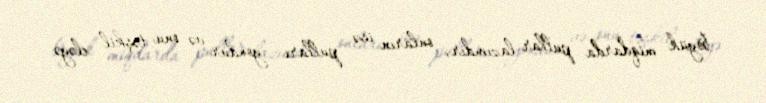
böyük miqdarda pullar lazımdır, onların isə pulları yoxdur və onu təşkil eləyə